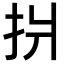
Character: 𢪫